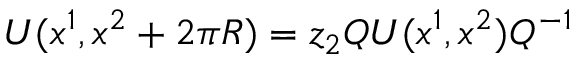
U ( x ^ { 1 } , x ^ { 2 } + 2 \pi R ) = z _ { 2 } Q U ( x ^ { 1 } , x ^ { 2 } ) Q ^ { - 1 }